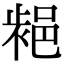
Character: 𨛷